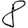
Digit: 8